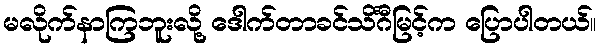
မလိုက်နာကြဘူးလို့ ဒေါက်တာခင်သိင်္ဂီမြင့်က ပြောပါတယ်။